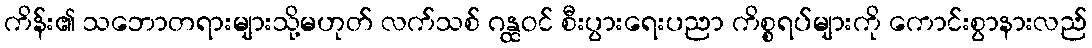
ကိန်း၏ သဘောတရားများသို့မဟုတ် လက်သစ် ဂန္ထဝင် စီးပွားရေးပညာ ကိစ္စရပ်များကို ကောင်းစွာနားလည်